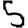
Digit: 5